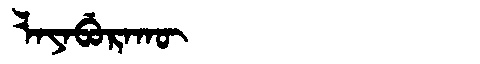
Manchu: ᠯᠠᠶᠠᠪᡠᡵᠠᡴᡡ
Romanization: LAYABURAKŪ